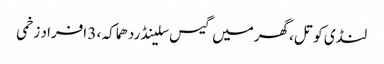
لنڈی کوتل ،گھرمیں گیس سلینڈردھماکہ ، 3 افراد زخمی